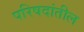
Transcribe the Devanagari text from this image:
परिषदांतील